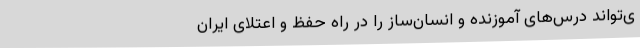
ی‌تواند درس‌های آموزنده و انسان‌ساز را در راه حفظ و اعتلای ایران